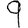
Digit: 9